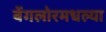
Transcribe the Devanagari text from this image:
बेंगलोरमधल्या